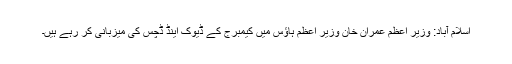
اسلام آباد: وزیر اعظم عمران خان وزیر اعظم ہاؤس میں کیمبرج کے ڈیوک اینڈ ڈچس کی میزبانی کر رہے ہیں۔